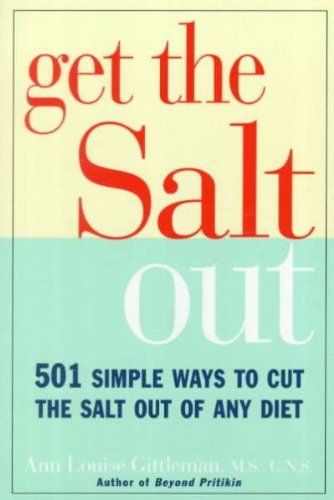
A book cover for Get the Salt Out: 501 Simple Ways to Cut the Salt Out of Any Diet; Ann Louise Gittleman; Cookbooks, Food & Wine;